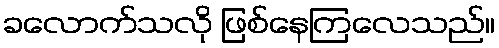
ခလောက်သလို ဖြစ်နေကြလေသည်။